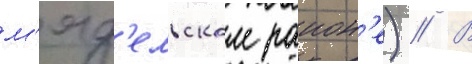
м'яд'ельском раион'е) // В